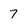
Character: 7